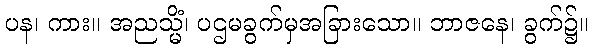
ပန၊ ကား။ အညသ္မိံ၊ ပဌမခွက်မှအခြားသော။ ဘာဇနေ၊ ခွက်၌။